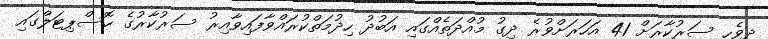
ދިވެހި ސަރުކާރަށް 41 އަހަރަށްވުރެ ދިގު މުއްދަތެއްގައި އަބުދު ހިދުމަތްކުރައްވާފައިވާއިރު ސަރުކާރުގެ ހޮސްޕިޓަލްގައި